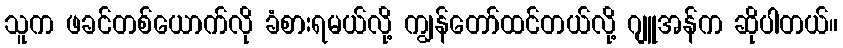
သူက ဖခင်တစ်ယောက်လို ခံစားရမယ်လို့ ကျွန်တော်ထင်တယ်လို့ ဂျူအန်က ဆိုပါတယ်။